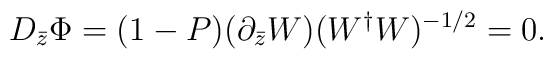
D_{\bar{z}}\Phi=(1-P)(\partial_{\bar{z}}W)(W^\dag W)^{-1/2}=0.